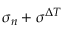
\sigma _ { n } + \sigma ^ { \Delta T }